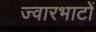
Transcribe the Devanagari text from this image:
ज्वारभाटों